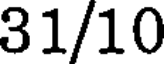
31/10